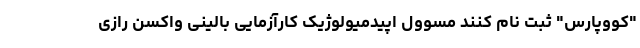
"کووپارس" ثبت نام کنند مسوول اپیدمیولوژیک کارآزمایی بالینی واکسن رازی